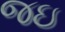
જઇ